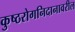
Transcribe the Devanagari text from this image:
कुष्ठरोगनिदानावरील